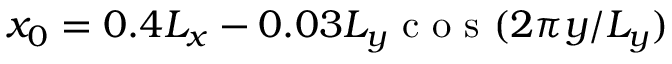
x _ { 0 } = 0 . 4 L _ { x } - 0 . 0 3 L _ { y } \mathrm { ~ c ~ o ~ s ~ } ( 2 \pi y / L _ { y } )